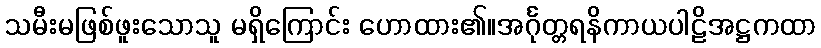
သမီးမဖြစ်ဖူးသောသူ မရှိကြောင်း ဟောထား၏။အင်္ဂုတ္တရနိကာယပါဠိအဋ္ဌကထာ